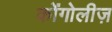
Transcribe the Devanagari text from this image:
कोंगोलीज़